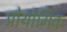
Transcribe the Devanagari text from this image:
प्रोयोगिक